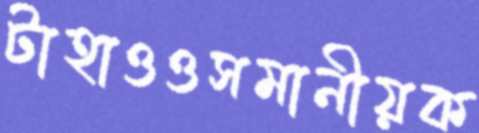
টাহাওওসমানীয়ক